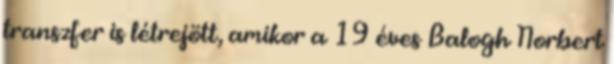
transzfer is létrejött, amikor a 19 éves Balogh Norbert